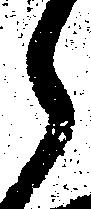
ら